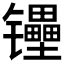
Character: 𰿉